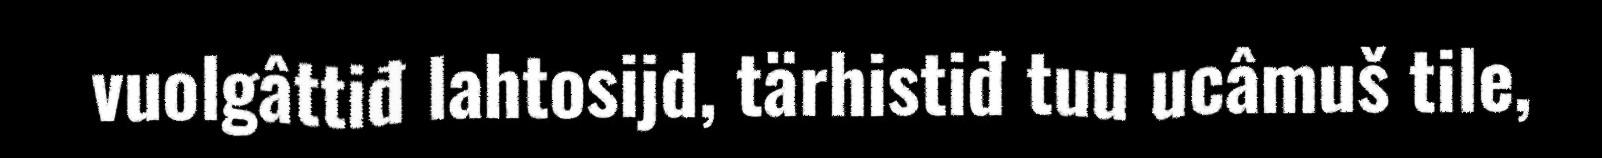
vuolgâttiđ lahtosijd, tärhistiđ tuu ucâmuš tile,